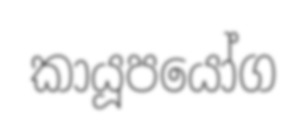
කායූපයෝග